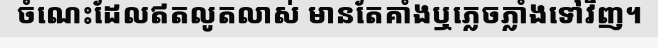
ចំណេះដែលឥតលូតលាស់ មានតែគាំងឬភ្លេចភ្លាំងទៅវិញ។